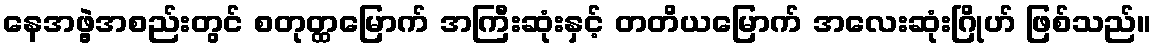
နေအဖွဲ့အစည်းတွင် စတုတ္ထမြောက် အကြီးဆုံးနှင့် တတိယမြောက် အလေးဆုံးဂြိုဟ် ဖြစ်သည်။